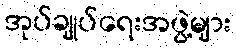
အုပ်ချုပ်ရေးအဖွဲ့များ